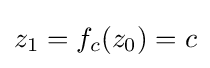
z_{1}=f_{c}(z_{0})=c